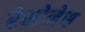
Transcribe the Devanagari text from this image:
रेमोनेस